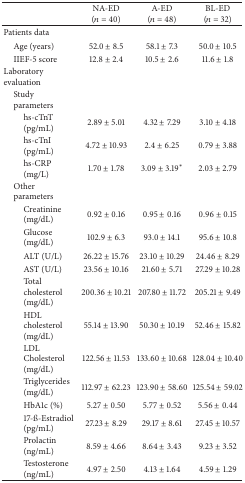
<table><thead><tr><td><b> </b></td><td><b>NA-ED(<i>n</i> = 40)</b></td><td><b>A-ED(<i>n</i> = 48)</b></td><td><b>BL-ED(<i>n</i> = 32)</b></td></tr></thead><tbody><tr><td>Patients data</td><td> </td><td> </td><td> </td></tr><tr><td> Age (years)</td><td>52.0 ± 8.5</td><td>58.1 ± 7.3 </td><td>50.0 ± 10.5</td></tr><tr><td> IIEF-5 score</td><td>12.8 ± 2.4</td><td>10.5 ± 2.6</td><td>11.6 ± 1.8</td></tr><tr><td>Laboratory evaluation </td><td> </td><td> </td><td> </td></tr><tr><td> Studyparameters</td><td> </td><td> </td><td> </td></tr><tr><td>hs-cTnT(pg/mL)</td><td>2.89 ± 5.01</td><td>4.32 ± 7.29</td><td>3.10 ± 4.18</td></tr><tr><td>hs-cTnI(pg/mL)</td><td>4.72 ± 10.93</td><td>2.4 ± 6.25</td><td>0.79 ± 3.88</td></tr><tr><td>hs-CRP(mg/L)</td><td>1.70 ± 1.78</td><td> 3.09 ± 3.19<sup>*</sup></td><td>2.03 ± 2.79</td></tr><tr><td> Otherparameters</td><td> </td><td> </td><td> </td></tr><tr><td>Creatinine(mg/dL)</td><td>0.92 ± 0.16</td><td>0.95 ± 0.16</td><td>0.96 ± 0.15</td></tr><tr><td>Glucose(mg/dL)</td><td>102.9 ± 6.3</td><td>93.0 ± 14.1</td><td>95.6 ± 10.8</td></tr><tr><td>ALT (U/L)</td><td>26.22 ± 15.76</td><td>23.10 ± 10.29</td><td>24.46 ± 8.29</td></tr><tr><td>AST (U/L)</td><td>23.56 ± 10.16</td><td>21.60 ± 5.71</td><td>27.29 ± 10.28</td></tr><tr><td>Totalcholesterol(mg/dL)</td><td>200.36 ± 10.21</td><td>207.80 ± 11.72</td><td>205.21 ± 9.49</td></tr><tr><td>HDLcholesterol(mg/dL)</td><td>55.14 ± 13.90</td><td>50.30 ± 10.19</td><td>52.46 ± 15.82</td></tr><tr><td>LDLCholesterol(mg/dL)</td><td>122.56 ± 11.53</td><td>133.60 ± 10.68</td><td>128.04 ± 10.40</td></tr><tr><td>Triglycerides(mg/dL)</td><td>112.97 ± 62.23</td><td>123.90 ± 58.60</td><td>125.54 ± 59.02</td></tr><tr><td>HbA1c (%)</td><td>5.27 ± 0.50</td><td>5.77 ± 0.52</td><td>5.56 ± 0.44</td></tr><tr><td>17-ß-Estradiol(pg/mL)</td><td>27.23 ± 8.29</td><td>29.17 ± 8.61</td><td>27.45 ± 10.57</td></tr><tr><td>Prolactin(ng/mL)</td><td>8.59 ± 4.66</td><td>8.64 ± 3.43</td><td>9.23 ± 3.52</td></tr><tr><td>Testosterone(ng/mL)</td><td>4.97 ± 2.50</td><td>4.13 ± 1.64</td><td>4.59 ± 1.29</td></tr></tbody></table>